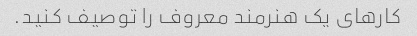
کارهای یک هنرمند معروف را توصیف کنید.